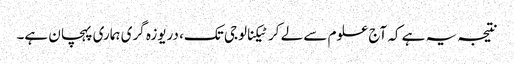
نتیجہ یہ ہے کہ آج علوم سے لے کر ٹیکنالوجی تک، دریوزہ گری ہماری پہچان ہے۔